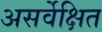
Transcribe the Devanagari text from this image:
असर्वेक्षित